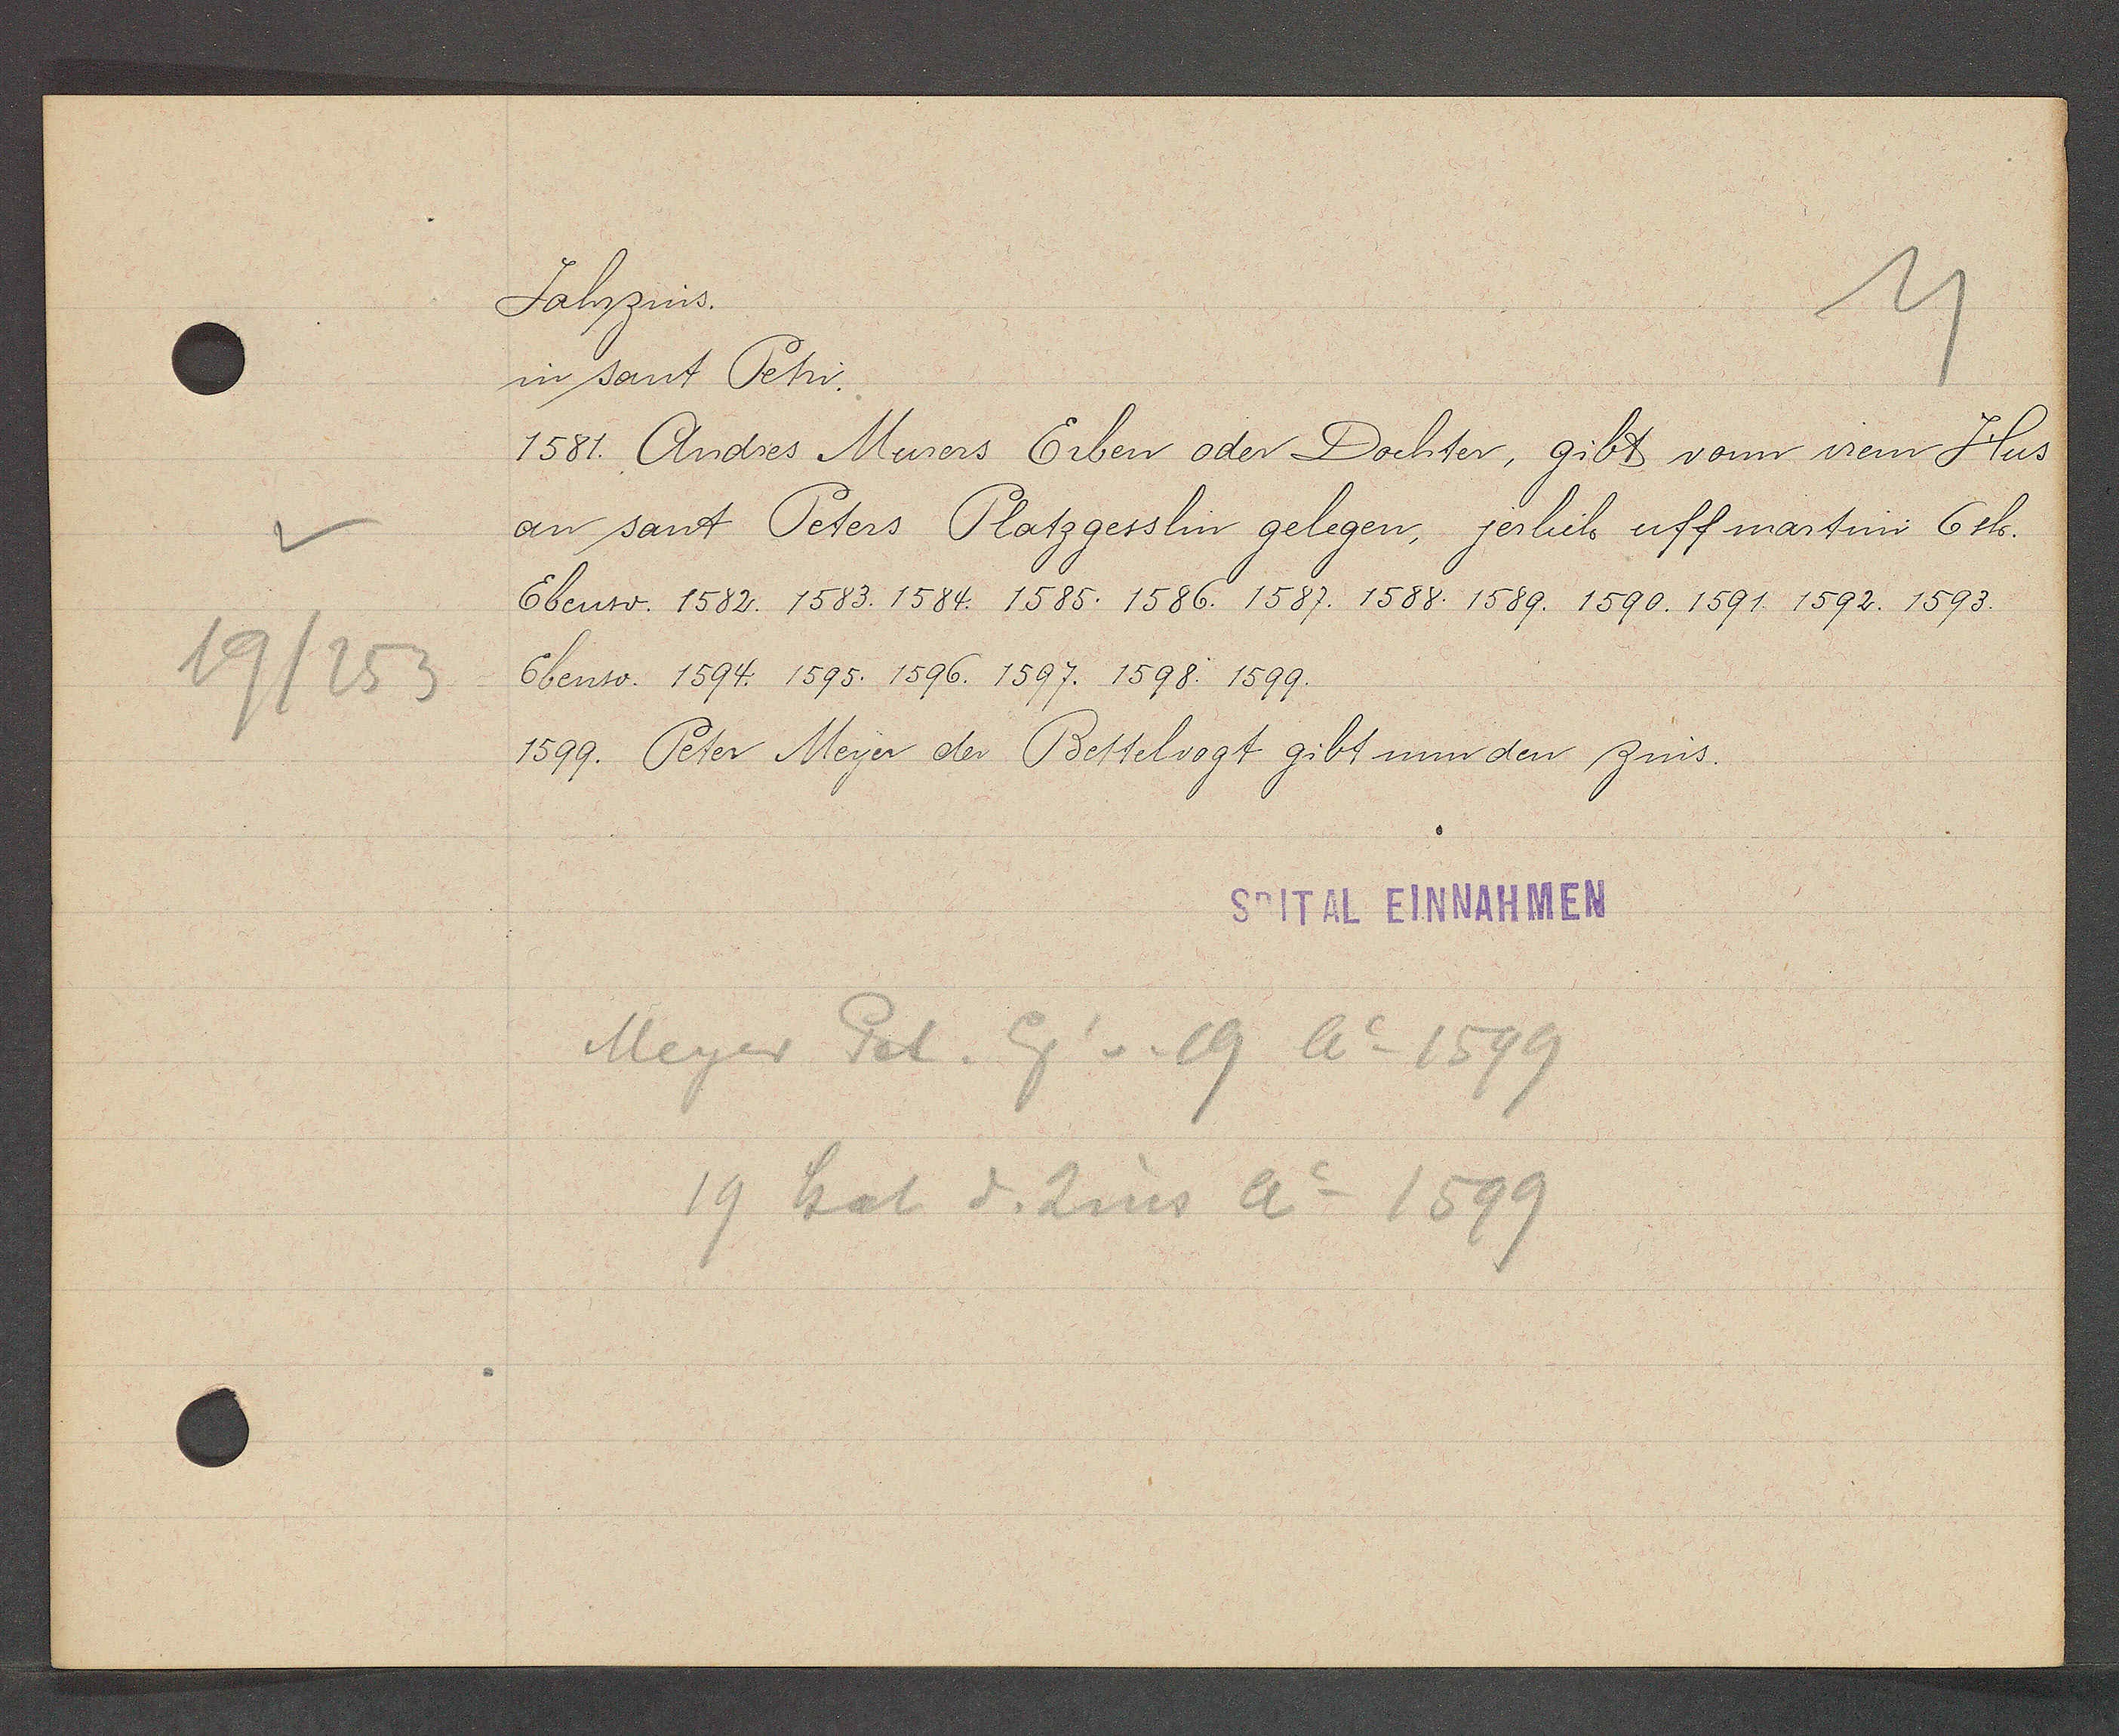
Transcript:
19/253

Jahrzins.

in sant Petri.
1581. Andres Murers Erben oder Dochter, gibt vonn irem Hus
an sant Peters Platzgesslin gelegen, jerlich uff martini 6 sh.
Ebenso. 1582. 1583. 1584. 1585. 1586. 1587. 1588. 1589. 1590. 1591. 1592. 1593.
Ebenso. 1594. 1595. 1596. 1597. 1598. 1599.
1599. Peter Meyer der Bettelvogt gibt nun den zins.

SPITAL EINNAHMEN

Meyer Pet. Eig v. 19 Ao 1599
19 hat d. Zins Ao 1599